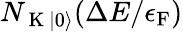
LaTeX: N_{\mathrm{~K~}\lvert 0\rangle}(\Delta E/\epsilon_{\mathrm{F}})